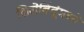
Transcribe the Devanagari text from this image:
शिरोबिंदूंमध्ये